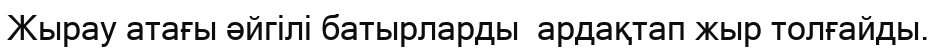
Жырау атағы әйгілі батырларды  ардақтап жыр толғайды.